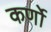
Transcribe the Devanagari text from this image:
कर्णो